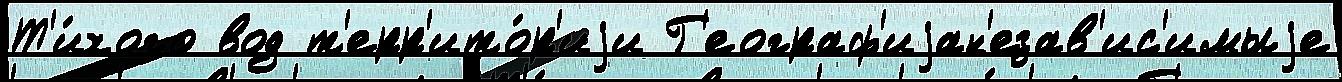
Т'и́хого вод т'ерр'ито́р'иjи Г'еограф'иjан'езав'ис'имыjе